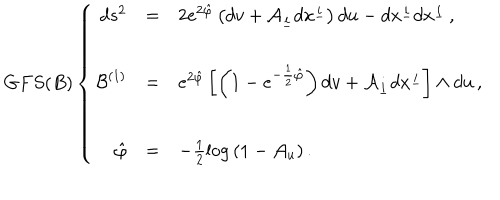
G F S ( B ) \left\{ \begin{array} { r c l } { { d s ^ { 2 } } } & { { = } } & { { 2 e ^ { 2 \hat { \varphi } } \left( d v + { \cal A } _ { \underline { { { i } } } } d x ^ { \underline { { { i } } } } \right) d u - d x ^ { \underline { { { i } } } } d x ^ { \underline { { { i } } } } \, , } } \\ { { } } & { { } } & { { } } \\ { { { \cal { B } } ^ { ( 1 ) } } } & { { = } } & { { e ^ { 2 \hat { \varphi } } \left[ \left( 1 - e ^ { - \frac { 1 } { 2 } \hat { \varphi } } \right) d v + { \cal A } _ { \underline { { { i } } } } d x ^ { \underline { { { i } } } } \right] \wedge d u \, , } } \\ { { } } & { { } } & { { } } \\ { { \hat { \varphi } } } & { { = } } & { { - \frac { 1 } { 2 } \log { ( 1 - { \cal A } _ { u } ) } \, . } } \\ \end{array} \right.